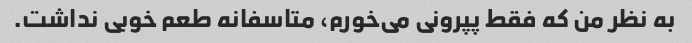
به نظر من که فقط پپرونی می‌خورم، متاسفانه طعم خوبی نداشت.